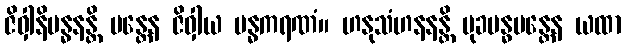
ဇိဝှါနိဗန္ဓနန္တိ မန္တေန ဇိဝှါယ ဗန္ဓကရဏံ။ ဟနုသံဟနနန္တိ မုခဗန္ဓမန္တေန ယထာ